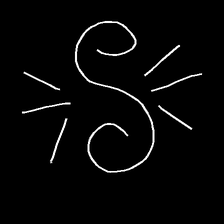
Glyph: wind-directs-air